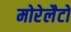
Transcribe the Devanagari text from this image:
मोरेलैटो